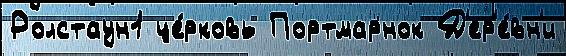
Ролстаун1 це́рковь Портмарнок Д'ер'е́вн'и